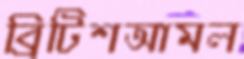
ব্রিটিশআমল